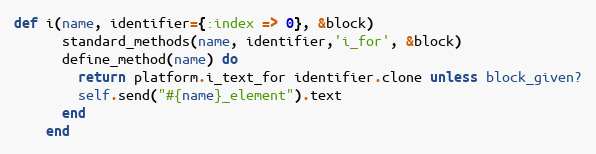
Language: Ruby
def i(name, identifier={:index => 0}, &block)
      standard_methods(name, identifier,'i_for', &block)
      define_method(name) do
        return platform.i_text_for identifier.clone unless block_given?
        self.send("#{name}_element").text
      end
    end